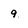
Character: 9